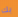
بك